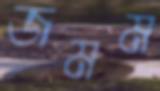
জমম